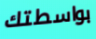
بواسطتك